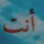
أنت